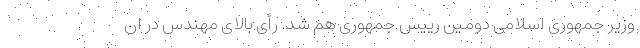
وزیر جمهوری اسلامی دومین رییس جمهوری هم شد. رأی بالای مهندس در ان